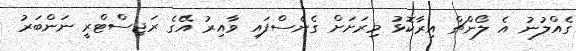
ގެއްލުނު އެ ލޯންޗް އިރާކޮޅު މިރަށަށް ގެނެސްފައި ވާއިރު އޭގެ ރަޖިސްޓްރީ ނަންބަރު